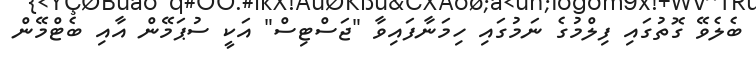
ބެލެވޭ ގޮތުގައި ފިލްމުގެ ނަމުގައި ހިމަނާފައިވާ "ޖަސްޓިސް" އަކީ ސުޕަމޭން އާއި ބެޓްމޭން